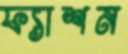
ফ্যাশন